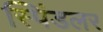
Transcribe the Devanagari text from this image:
स्पिंडलर